Indian journal of veterinary science and animal husbandry - Volume 7,
Year: 1937
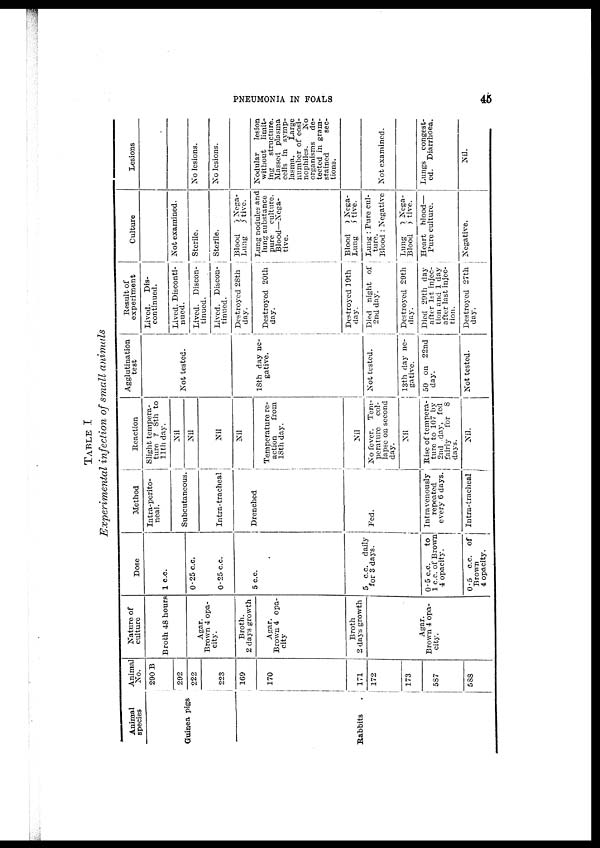
PNEUMONIA IN FOALS
45
TABLE I
Experimental infection of small animals
Animal
species
Guinea pigs
Rabbits
Animal
No.
290 B
292
222
223
169
170
171
172
173
587
588
Nature of
culture
Broth 48 hours
Agar.
Brown 4 opa-
city.
Broth.
2 days growth
Agar.
Brown 4 opa-
city
Broth
2 days growth
Agar
Brown 4 opa-
city.
Dose
1 c.c.
0.25 c.c.
0.25 c.c.
5 c.c.
5 c.c. daily
for 3 days.
0.5 c.c.
to
1 c.c. of Brown
4 opacity.
0.5 c.c. of
Brown
4 opacity.
Method
Intra-perito-
neal.
Subcutaneous.
Intra-tracheal
Drenched
Fed.
Intravenously
repeated
every 6 days.
Intra-tracheal
Reaction
Slight tempera-
ture ? 8th to
11th
day.
Nil
Nil
Nil
Nil
Temperature re-
action
from
18th day.
Nil
No fever. Tem-
perature
col-
lapse on second
day.
Nil
Rise of tempera-
ture to 107 by
2nd day, fed
fairly
for 8
days.
Nil.
Agglutination
test
Not tested.
18th day ne-
gative.
Not tested.
13th day ne-
gative.
50 on 22nd
day.
Not tested.
Result of
experiment
Lived.
Dis-
continued.
Lived. Disconti-
nued.
Lived. Discon-
tinued.
Lived. Discon-
tinued.
Destroyed 28th
day.
Destroyed 20th
day.
Destroyed 19th
day.
Died night of
2nd day.
Destroyed 29th
day.
Died 29th day
after 1st injec-
tion and 1 day
after last injec¬
tion.
Destroyed 27th
day.
Culture
Not examined.
Sterile.
Sterile.
Blood } Nega¬
Lung
tive.
Lung nodules and
lung substance
pure
culture.
Blood—Nega-
tive.
Blood } Nega¬
Lung
tive.
Lung : Pure cul-
ture.
Blood : Negative
Lung } Nega-
Blood
tive.
Heart blood—
Pure culture.
Negative.
Lesions
No lesions.
No lesions.
Nodular lesion
without limit-
ing structure.
Massed plasma
cells in symp¬
lasma. Large
number of eosi-
nophiles. No
organisms de¬
tected in gram¬
stained
sec¬
tions.
Not examined.
Lungs congest-
ed. Diarrhoea.
Nil.